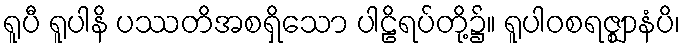
ရူပီ ရူပါနိ ပဿတိအစရှိသော ပါဠိရပ်တို့၌။ ရူပါဝစရဇ္ဈာနံပိ၊